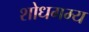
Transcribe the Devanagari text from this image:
शोधगम्‍य